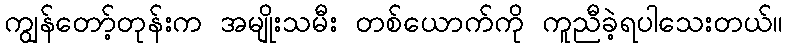
ကျွန်တော့်တုန်းက အမျိုးသမီး တစ်ယောက်ကို ကူညီခဲ့ရပါသေးတယ်။